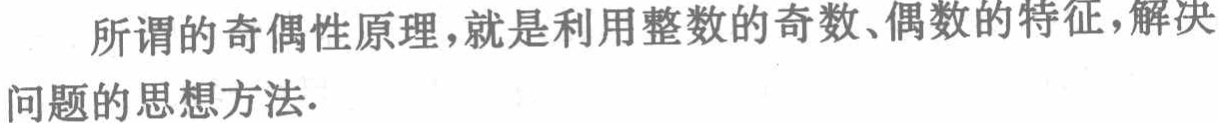
所谓的奇偶性原理，就是利用整数的奇数、偶数的特征，解决问题的思想方法.